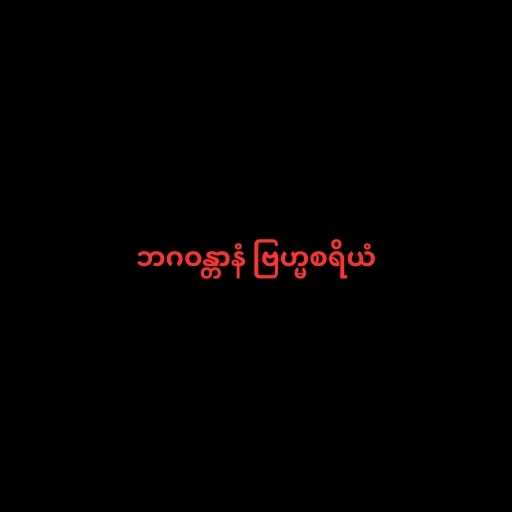
ဘဂဝန္တာနံ ဗြဟ္မစရိယံ